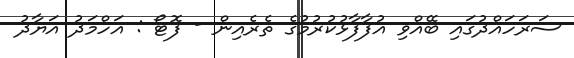
ސަރަހައްދުގައި ބޭއްވި އުފާފާޅުކުރުމުގެ ތެރެއިން - ފޮޓޯ : އަހްމަދު އަޔާދު